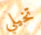
تخيلي